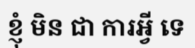
ខ្ញុំ មិន ជា ការអ្វី ទេ